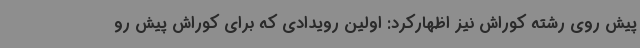
پیش روی رشته کوراش نیز اظهارکرد: اولین رویدادی که برای کوراش پیش رو